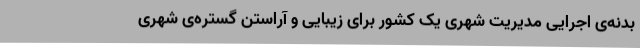
بدنه‌ی اجرایی مدیریت شهری یک کشور برای زیبایی و آراستن گستره‌ی شهری